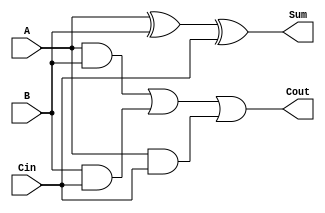
module RippleCarryFullAdder (
    input wire A,      // First input bit
    input wire B,      // Second input bit
    input wire Cin,    // Carry-in bit
    output wire Sum,   // Sum output bit
    output wire Cout   // Carry-out bit
);

// Sum calculation using XOR
assign Sum = A ^ B ^ Cin;

// Carry-out calculation using AND and OR
assign Cout = (A & B) | (B & Cin) | (A & Cin);

endmodule